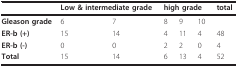
<table><thead><tr><td></td><td colspan="2"><b>Low &amp; intermediate grade</b></td><td colspan="3"><b>high grade</b></td><td><b>total</b></td></tr></thead><tbody><tr><td><b>Gleason grade</b></td><td>6</td><td>7</td><td>8</td><td>9</td><td>10</td><td></td></tr><tr><td><b>ER-b (+)</b></td><td>15</td><td>14</td><td>4</td><td>11</td><td>4</td><td>48</td></tr><tr><td><b>ER-b (-)</b></td><td>0</td><td>0</td><td>2</td><td>2</td><td>0</td><td>4</td></tr><tr><td><b>Total</b></td><td>15</td><td>14</td><td>6</td><td>13</td><td>4</td><td>52</td></tr></tbody></table>